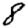
Digit: 8